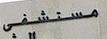
مستشفى